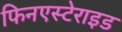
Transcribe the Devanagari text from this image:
फिनएस्टेराइड